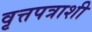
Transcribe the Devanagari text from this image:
वृत्तपत्राशी